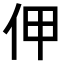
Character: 𠇺